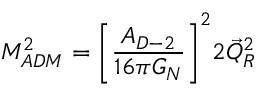
M _ { A D M } ^ { 2 } = \Biggl [ \frac { A _ { D - 2 } } { 1 6 \pi G _ { N } } \Biggr ] ^ { 2 } 2 \vec { Q } _ { R } ^ { 2 }